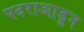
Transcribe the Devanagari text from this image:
पदराआडून